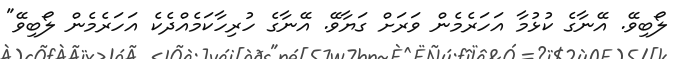
ލޯބިވޭ. އޭނާގެ ކުޅުމާ އަހަރެމެން ވަރަށް ގަޔާވޭ. އޭނާގެ ހުރިހާކަމެއްދެކެ އަހަރެމެން ލޯބިވޭ"